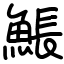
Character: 𩸕